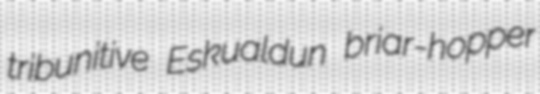
tribunitive Eskualdun briar-hopper